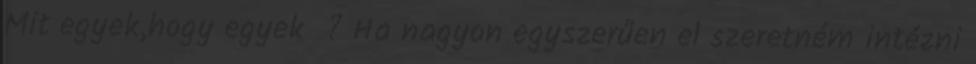
Mit egyek,hogy egyek ? Ha nagyon egyszerűen el szeretném intézni